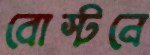
বোস্টনে